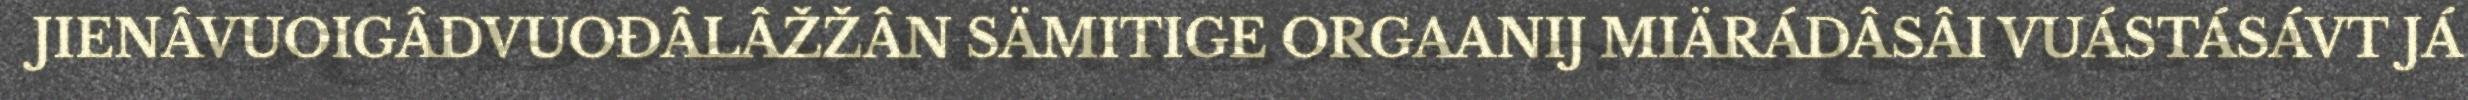
JIENÂVUOIGÂDVUOĐÂLÂŽŽÂN SÄMITIGE ORGAANIJ MIÄRÁDÂSÂI VUÁSTÁSÁVT JÁ